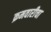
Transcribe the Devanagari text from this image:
क्रमवारीचा